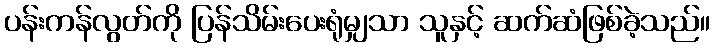
ပန်းကန်လွတ်ကို ပြန်သိမ်းပေးရုံမျှသာ သူနှင့် ဆက်ဆံဖြစ်ခဲ့သည်။